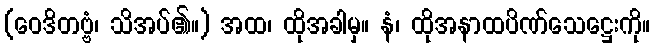
(ဝေဒိတဗ္ဗံ၊ သိအပ်၏။) အထ၊ ထိုအခါမှ။ နံ၊ ထိုအနာထပိဏ်သေဋ္ဌေးကို။